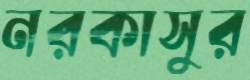
নরকাসুর